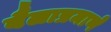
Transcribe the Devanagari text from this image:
बैलाप्रमाणे